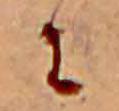
に